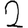
Digit: 2